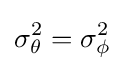
\sigma _{\theta }^{2}=\sigma _{\phi }^{2}